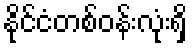
နိုင်ငံတစ်ဝန်းလုံးရှိ